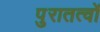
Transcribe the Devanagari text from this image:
पुरातत्वों